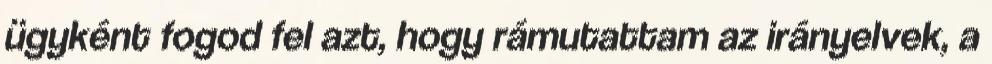
ügyként fogod fel azt, hogy rámutattam az irányelvek, a